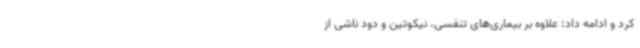
کرد و ادامه داد: علاوه بر بیماری‌های تنفسی، نیکوتین و دود ناشی از